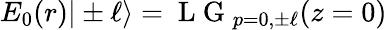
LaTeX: E_{0}(r)|\pm\ell\rangle=\mathrm{~L~G~}_{p=0,\pm\ell}(z=0)